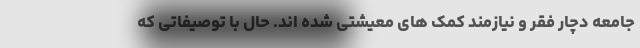
جامعه دچار فقر و نیازمند کمک های معیشتی شده اند. حال با توصیفاتی که